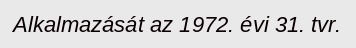
Alkalmazását az 1972. évi 31. tvr.